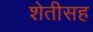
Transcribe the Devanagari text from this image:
शेतीसह